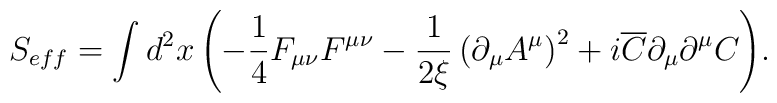
S_{eff}  = \int {d^2 x\left( { - \frac{1}{4}F_{\mu \nu } F^{\mu\nu }  - \frac{1}{{2\xi }}\left( {\partial _\mu  A^\mu  }\right)^2  + i\overline C \partial _\mu  \partial ^\mu  C}\right)}.